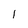
Character: 1